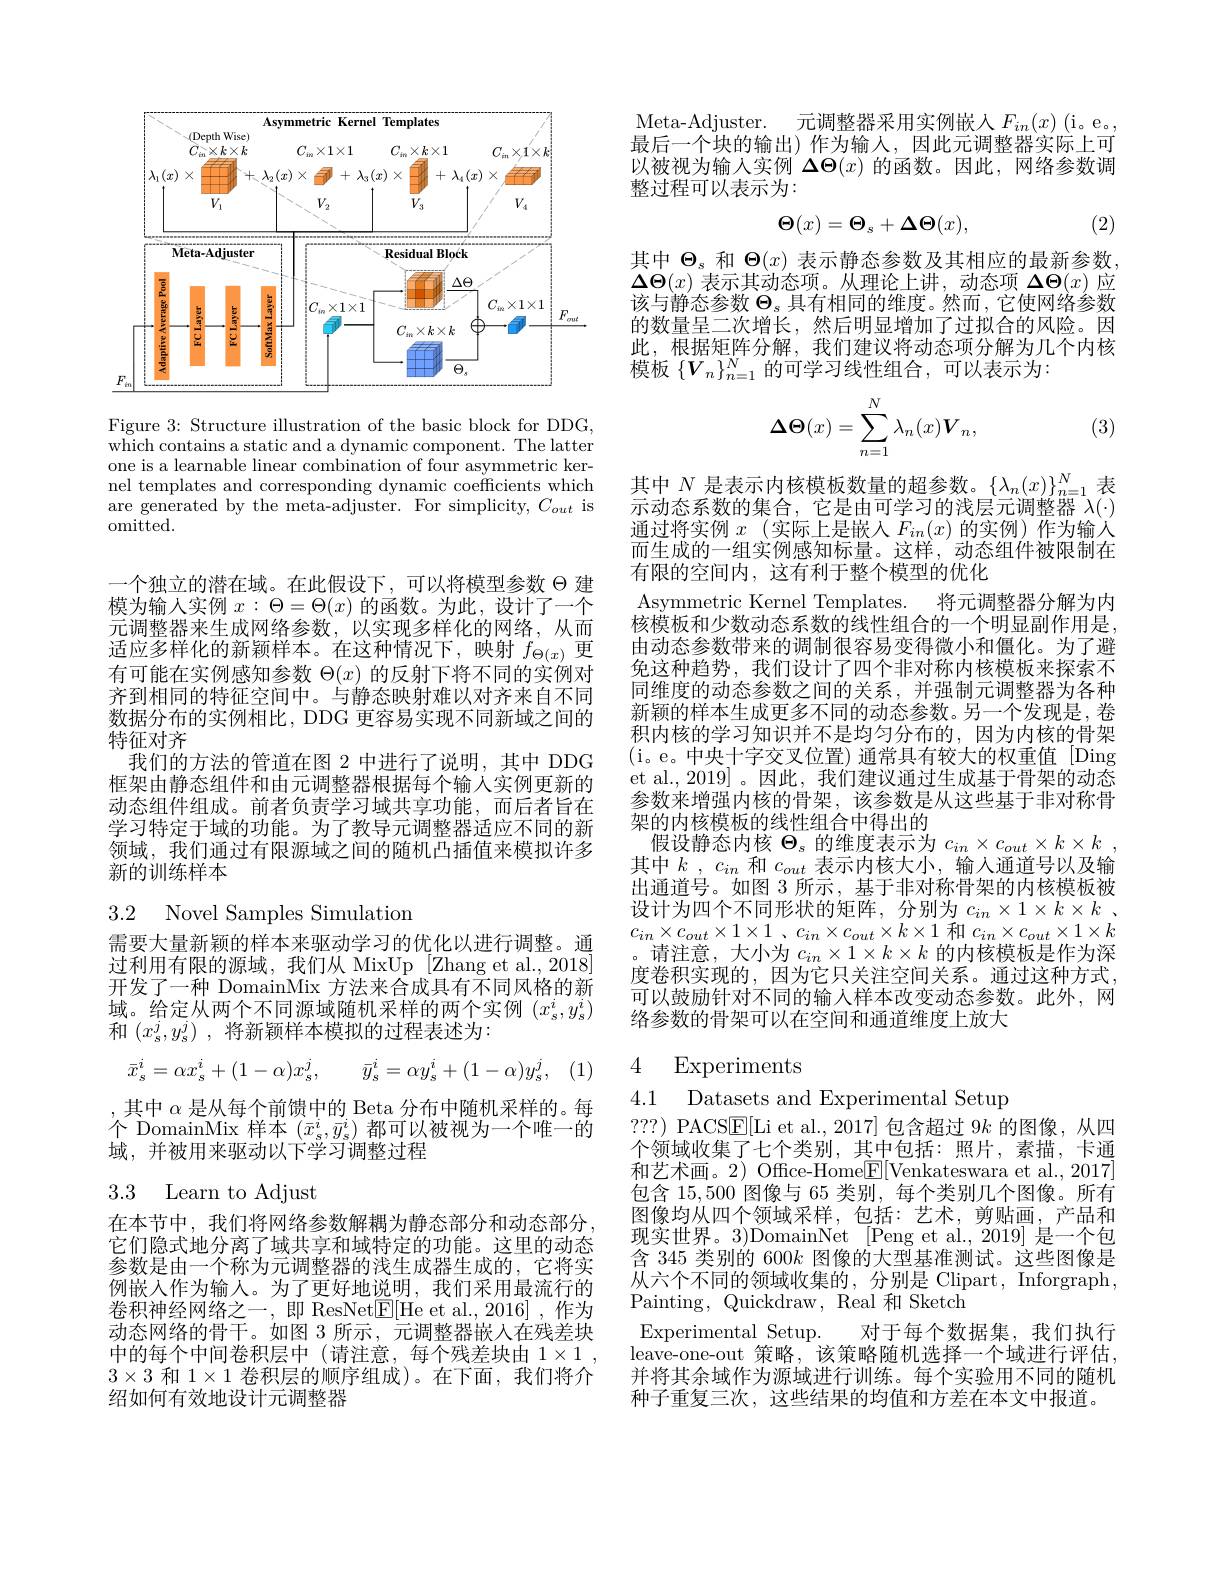
<FigureHere>

Figure 3: Structure illustration of the basic block for DDG, $\bar{\mathrm{which~contains~a~static~and~a~dynamic~component.~The~latter}}$ one is a learnable linear combination of four asymmetric kernel templates and corresponding dynamic coefficients which are generated by the meta-adjuster. For simplicity, $C_out$ is omitted.

一个独立的潜在域。在此假设下，可以将模型参数$\Theta$建模为输入实例$x:\Theta=\Theta(x)$的函数。为此，设计了一个元调整器来生成网络参数，以实现多样化的网络，从而适应多样化的新颖样本。在这种情况下，映射$f_\Theta(x)$更有可能在实例感知参数$\Theta(x)$的反射下将不同的实例对齐到相同的特征空间中。与静态映射难以对齐来自不同数据分布的实例相比，DDG 更容易实现不同新域之间的特征对齐
我们的方法的管道在图 2 中进行了说明，其中 DDG 框架由静态组件和由元调整器根据每个输人实例更新的动态组件组成。前者负责学习域共享功能，而后者旨在学习特定于域的功能。为了教导元调整器适应不同的新领域，我们通过有限源域之间的随机凸插值来模拟许多新的训练样本

3.2 Novel Samples Simulation

需要大量新颖的样本来驱动学习的优化以进行调整。通过利用有限的源域，我们从 MixUp [Zhang et al.,2018] 开发了一种 DomainMix 方法来合成具有不同风格的新域。给定从两个不同源域随机采样的两个实例$(x_s^i,y_s^i)$ 和$( x_{\mathrm{s} }^{j}, y_{\mathrm{s} }^{j})$ ,将新颖样本模拟的过程表述为：
$$\bar{x}_s^i=\alpha x_s^i+(1-\alpha)x_s^j,\quad\bar{y}_s^i=\alpha y_s^i+(1-\alpha)y_s^j,$$
,其中 $\alpha$ 是从每个前馈中的 Beta 分布中随机采样的。每个 DomainMix 样本$(\bar{x}_s^i,\bar{y}_s^i)$都可以被视为一个唯一的域，并被用来驱动以下学习调整过程

3.3 Learn to Adjust

在本节中，我们将网络参数解耦为静态部分和动态部分。它们隐式地分离了域共享和域特定的功能。这里的动态参数是由一个称为元调整器的浅生成器生成的，它将实例嵌入作为输人。为了更好地说明，我们采用最流行的卷积神经网络之一，即 ResNet$\underline{\mathrm{E}}[$He et al.,2016],作为动态网络的骨干。如图 3 所示，元调整器嵌人在残差块中的每个中间卷积层中(请注意，每个残差块由$1\times1$, $3\times3$和$1\times1$卷积层的顺序组成)。在下面，我们将介绍如何有效地设计元调整器

Meta-Adjuster. 元调整器采用实例嵌人$F_in(x)$ (i。e。最后一个块的输出)作为输入，因此元调整器实际上可以被视为输入实例$\boldsymbol{\Delta\Theta}(x)$的函数。因此，网络参数调整过程可以表示为：
$$\mathbf{\Theta}(x)=\mathbf{\Theta}_{s}+\mathbf{\Delta}\mathbf{\Theta}(x),$$
(2), (2)

其中$\Theta_s$和$\Theta(x)$表示静态参数及其相应的最新参数$\boldsymbol{\Delta\Theta}(x)$表示其动态项。从理论上讲，动态项$\boldsymbol{\Delta\Theta}(x)$应该与静态参数$\Theta_\mathrm{s}$具有相同的维度。然而，它使网络参数的数量呈二次增长，然后明显增加了过拟合的风险。因此，根据矩阵分解，我们建议将动态项分解为几个内核模板$\{V_n\}_{n=1}^N$的可学习线性组合，可以表示为：
$$\boldsymbol{\Delta\Theta}(x)=\sum_{n=1}^N\lambda_n(x)\boldsymbol{V}_n,$$
(3)

其中$N$是表示内核模板数量的超参数。$\{\lambda_n(x)\}_n=1^N$表示动态系数的集合，它是由可学习的浅层元调整器$\lambda(\cdot)$ 通过将实例$x$ (实际上是嵌人$F_in(x)$的实例)作为输入而生成的一组实例感知标量。这样，动态组件被限制在有限的空间内，这有利于整个模型的优化
Asymmetric Kernel Templates. 将元调整器分解为内核模板和少数动态系数的线性组合的一个明显副作用是由动态参数带来的调制很容易变得微小和僵化。为了避免这种趋势，我们设计了四个非对称内核模板来探索不同维度的动态参数之间的关系，并强制元调整器为各种新颖的样本生成更多不同的动态参数。另一个发现是，卷积内核的学习知识并不是均匀分布的，因为内核的骨架(i。e。中央十字交叉位置)通常具有较大的权重值[Ding et al., 2019]。因此，我们建议通过生成基于骨架的动态参数来增强内核的骨架，该参数是从这些基于非对称骨架的内核模板的线性组合中得出的
假设静态内核$\Theta_s$的维度表示为$c_in\times c_{out}\times k\times k$, 其中$k$ , $c_{in}$和$c_out$表示内核大小，输入通道号以及输出通道号。如图 3 所示，基于非对称骨架的内核模板被设计为四个不同形状的矩阵，分别为$c_{in}\times1\times k\times k$ , $c_{in}\times c_{out}\times 1\times 1$ , $c_{in}\times c_{out}\times k\times 1$ 和 $c_{in}\times c_{out}\times1\times k$ 。请注意，大小为$c_in\times1\times k\times k$的内核模板是作为深度卷积实现的，因为它只关注空间关系。通过这种方式， 可以鼓励针对不同的输入样本改变动态参数。此外，网络参数的骨架可以在空间和通道维度上放大

## 4 Experiments

4.1 Datasets and Experimental Setup

? ? ? ) PACS$\underline{\mathrm{E}}[$Li et al.,2017] 包含超过 9$k$的图像，从四个领域收集了七个类别，其中包括：照片，素描，卡通和艺术画。2) Office-Home$\underline{\mathrm{E}}[$Venkateswara et al.,2017] 包含 15,500 图像与 65 类别，每个类别几个图像。所有图像均从四个领域采样，包括：艺术，剪贴画，产品和现实世界。3)DomainNet [Peng et al., 2019] 是一个包含 345 类别的 600$k$图像的大型基准测试。这些图像是$\underline{\text{从六个不同的领域收集的，分别是 Clipart, Inforgraph}}$ Painting, Quickdraw, Real 和 Sketch
Experimental Setup. 对于每个数据集，我们执行leave-one-out 策略，该策略随机选择一个域进行评估， 并将其余域作为源域进行训练。每个实验用不同的随机种子重复三次，这些结果的均值和方差在本文中报道。